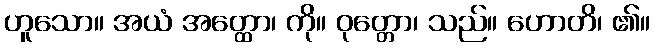
ဟူသော။ အယံ အတ္ထော၊ ကို။ ဝုတ္တော၊ သည်။ ဟောတိ၊ ၏။